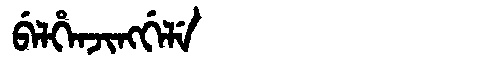
Manchu: ᠪᡝᠯᡥᡝᠨᠵᡳᠩᡤᡝᠯᡝ
Romanization: BELHENJINGGELE